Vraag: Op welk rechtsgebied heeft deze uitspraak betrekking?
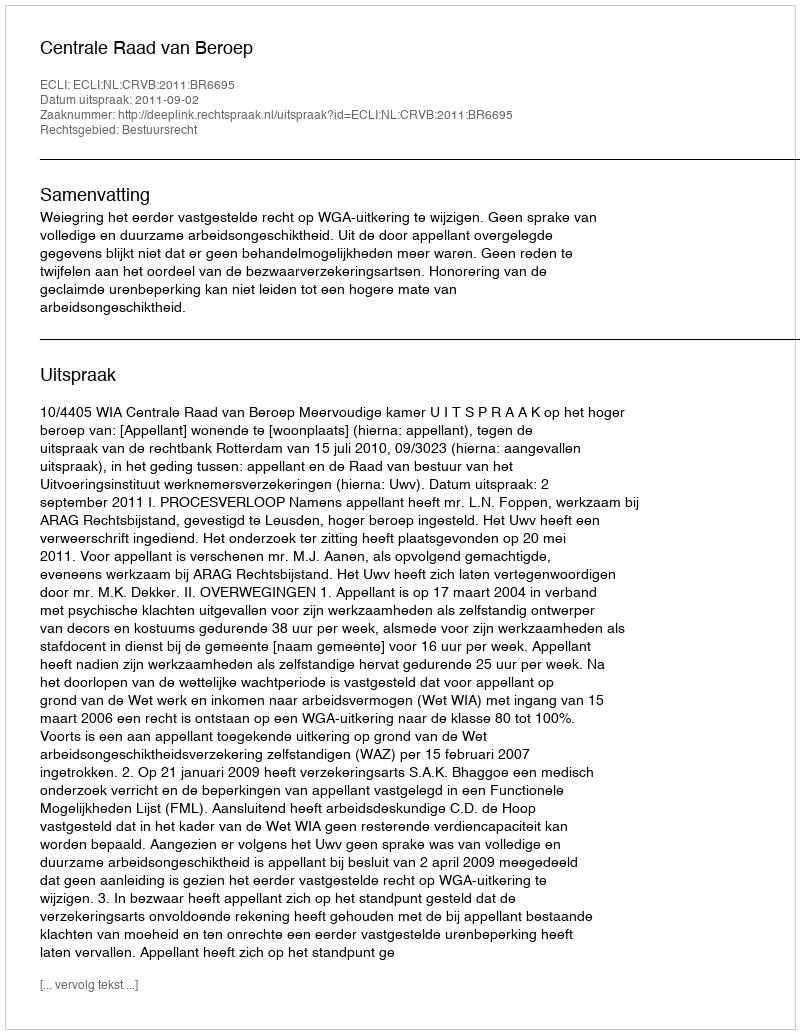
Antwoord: Bestuursrecht